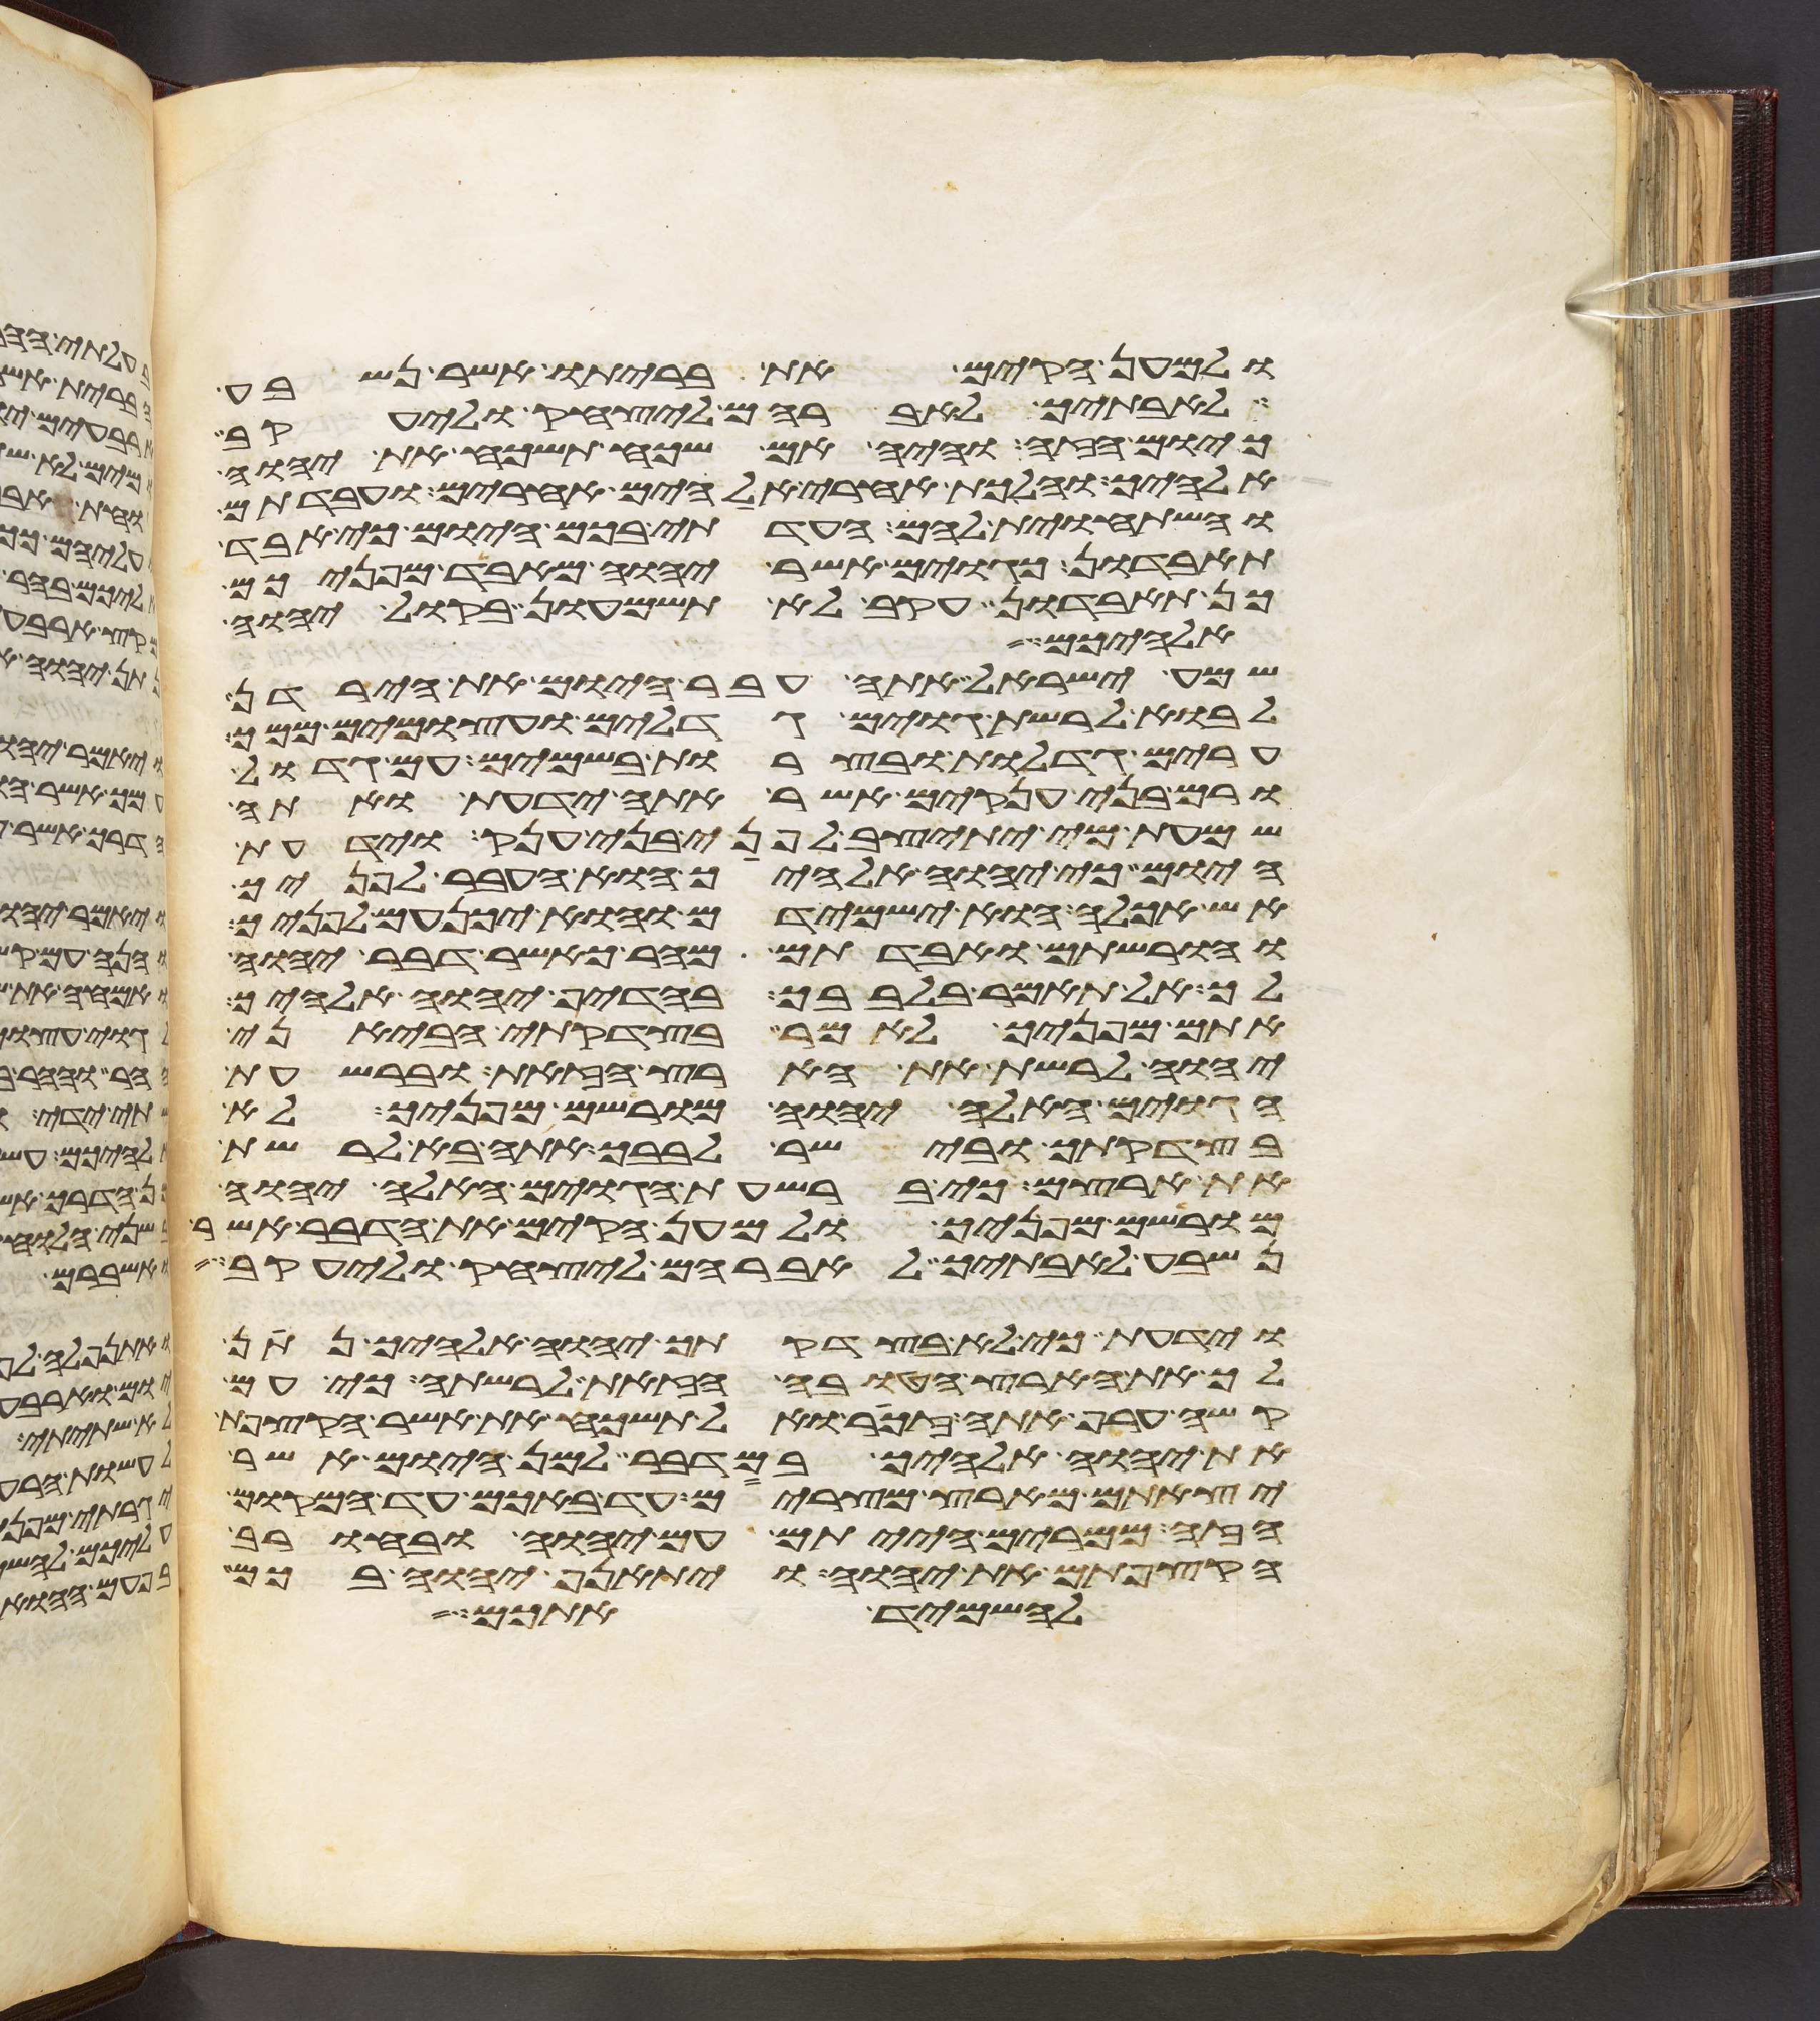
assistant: ולמען הקים את בריתו אשר נשבע
לאבתיך לאברהם ליצחק וליעקב
כיום הזה והיה אם שכח תשכח את יהוה
אלהיך והלכת אחרי אלהים אחרים ועבדתם
והשתחוית להם העדתי בכם היום כי אבד
תאבדון כגוים אשר יהוה מאבד מפניכם
כן תאבדון עקב לא תשמעון בקול יהוה
אלהיכם
שמע ישראל אתה עבר היום את הירדן
לבוא לרשת גוים גדלים ועצמים ממך
ערים גדלות ובצרות בשמים עם גדול
ורם בני ענקים אשר אתה ידעת ואתה
שמעת מי יתיצב לפני בני ענק וידעת
היום כי יהוה אלהיך הוא העבר לפניך
אש אכלה הוא ישמידם והוא יכנעם לפניך
והורשתם ואבדתם מהר כאשר דבר יהוה
לך אל תאמר בלבבך בהדיף יהוה אלהיך
אתם מפניך לאמר בצדקתי הביאני
יהוה לרשת את הארץ הזאת וברשעת
הגוים האלה יהוה מורישם מפניך לא
בצדקתך ובישר לבבך אתה בא לרשת
את ארצם כי ברשעת הגוים האלה יהוה
מורישם מפניך ולמען הקים את הדבר אשר
נשבע לאבתיך לאברהם ליצחק וליעקב
וידעת כי לא בצדקתך יהוה אלהיך נתן
לך את הארץ הטובה הזאת לרשתה כי עם
קשה ערף אתה זכור ואל תשכח את אשר הקצפת
את יהוה אלהיך במדבר למן היום אשר
יצאתם מארץ מצרים עד באכם עד המקום
הזה ממרים הייתם עם יהוה ובחורב
הקצפתם את יהוה ויתאנף יהוה בכם
להשמיד אתכם